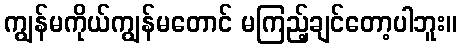
ကျွန်မကိုယ်ကျွန်မတောင် မကြည့်ချင်တော့ပါဘူး။